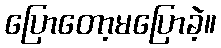
ပြောတော့မပြောခဲ့။